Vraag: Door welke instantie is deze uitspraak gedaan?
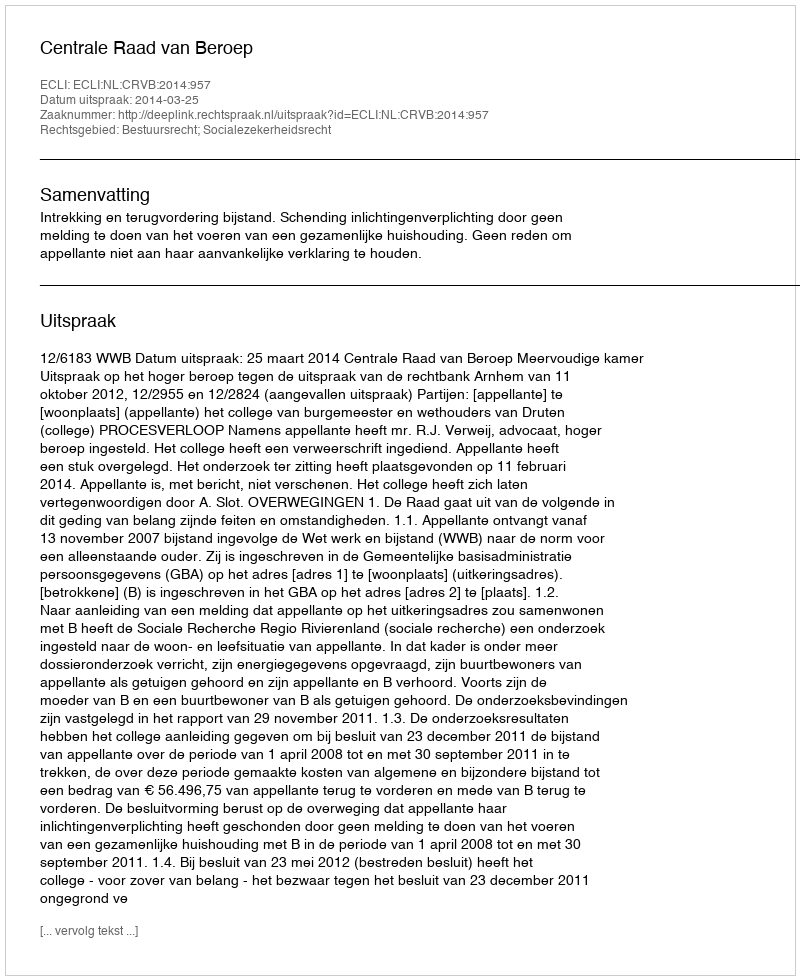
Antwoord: Centrale Raad van Beroep